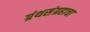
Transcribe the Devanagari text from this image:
ग्रंथसंग्रहाचा